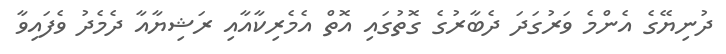
ދުނިޔޭގެ އެންމެ ވަރުގަދަ ދެބާރުގެ ގޮތުގައި އޮތް އެމެރިކާއާއި ރަޝިޔާއާ ދެމެދު ވެފައިވާ